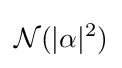
{\mathcal {N}}(\vert \alpha \vert ^{2})